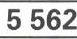
5562